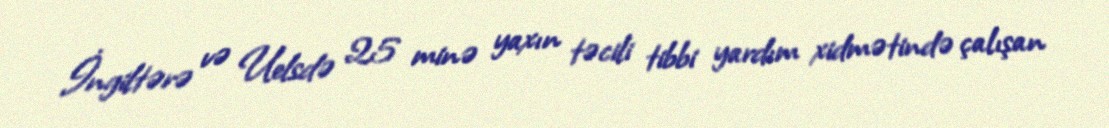
İngiltərə və Uelsdə 25 minə yaxın təcili tibbi yardım xidmətində çalışan